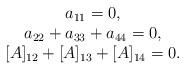
LaTeX: \begin{align*}\begin{array}{c}a_{11}=0, \\a_{22} + a_{33} + a_{44}=0, \\{[}A]_{12} + {[}A]_{13} + {[}A]_{14} = 0.\end{array}\end{align*}